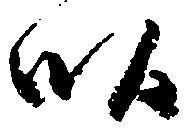
畝